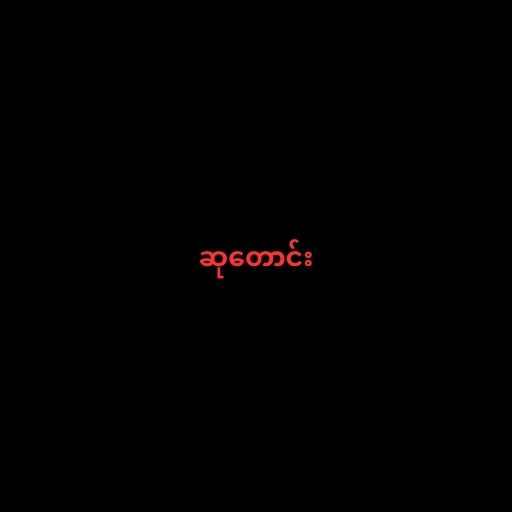
ဆုတောင်း